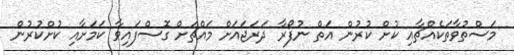
މަސްތުވާތަކެއްޗާއި ކުށް ކުރުން އަތް ނުފޯރާ ދަރަޖައަށް މައްޗަށް ގޮސްފައިވާ ކަމަށާއި ކުށްކުރުން